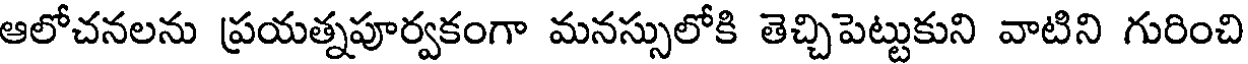
ఆలోచనలను ప్రయత్నపూర్వకంగా మనస్సులోకి తెచ్చిపెట్టుకుని వాటిని గురించి